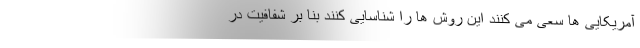
آمریکایی ها سعی می کنند این روش ها را شناسایی کنند بنا بر شفافیت در